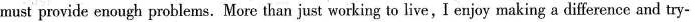
must provide enough problems. More than just working to live, I enjoy making a difference and try-